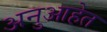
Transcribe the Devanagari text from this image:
अनुआहेत